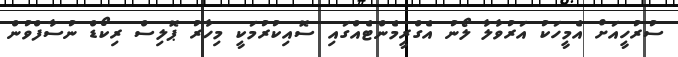
ސުރުހީއަށް އެމީހަކު އަރުވާލާ ލޯނު އެގްރީމެންޓެއްގައި ސޮއިކުރުމަކީ މިހާރު ޕޮލިސް ރިކޯޑް ނުސާފްވުން